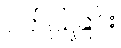
ဝတ်ပြုခြင်း